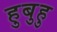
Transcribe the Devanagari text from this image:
हुबुहु